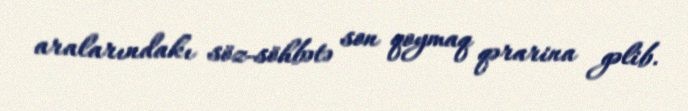
aralarındakı söz-söhbətə son qoymaq qərarina gəlib.